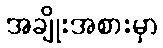
အချိုးအစားမှာ